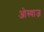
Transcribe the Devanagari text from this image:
ओस्याज